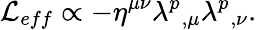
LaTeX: {\cal L}_{eff}\propto-\eta^{\mu\nu}\lambda^{p}{}_{,\mu}\lambda^{p}{}_{,\nu}.